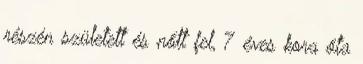
részén született és nőtt fel, 7 éves kora óta